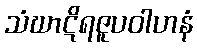
သံဃာဋိရဇူပဝါဟနံ